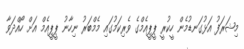
މިޝަރަފު އަޅުގަނޑުމެން ހީކުރީ ޕީޕީއެމްގެ ވެރިކަމުގައި މެމްބަރު ނިހާނު ޕީޕީއެމް އަށް ހޯއްދަވާ